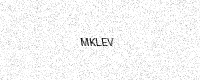
Text: MKLEV